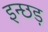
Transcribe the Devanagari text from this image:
इन्छड़